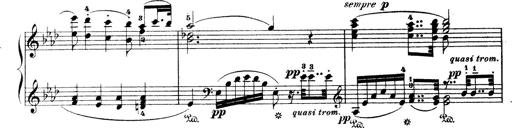
Title: Wagner-Liszt Album
Composer: Franz Liszt